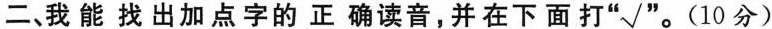
二、我能找出加点字的正确读音，并在下面打”√”。(10分)